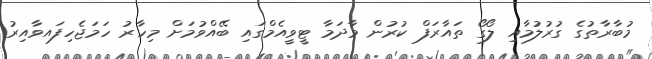
މުބާރާތުގެ ގުރުލުމާއި ލޯގޯ ތައާރަފް ކުރުން މާދަމާ ޓީވީއެމްގައި ބޭއްވުމަށް މިހާރު ހަމަޖެހިފައވާއިރު